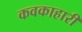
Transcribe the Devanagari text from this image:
कवकाहारी